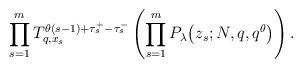
LaTeX: \begin{gather*}\prod\limits_{s=1}^m{T_{q, x_s}^{\theta(s-1) + \tau_s^+ - \tau_s^-}}\left( \prod_{s=1}^m{P_{\lambda}\big(z_s; N, q, q^{\theta}\big)} \right).\end{gather*}